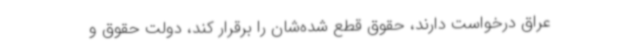
عراق درخواست دارند،‌ حقوق‌ قطع شده‌شان را برقرار کند، دولت حقوق و